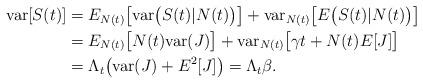
LaTeX: \begin{align*}\mbox{var}[S(t)]&=E_{N(t)}\big[\mbox{var}\big(S(t)|N(t)\big)\big]+\mbox{var}_{N(t)}\big[E\big(S(t)|N(t)\big)\big]\\&=E_{N(t)}\big[N(t)\mbox{var}(J)\big]+\mbox{var}_{N(t)}\big[\gamma t+N(t)E[J]\big]\\&=\Lambda_t\big(\mbox{var}(J)+E^2[J]\big)=\Lambda_t\beta.\end{align*}